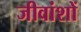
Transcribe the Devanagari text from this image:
जीवांशों